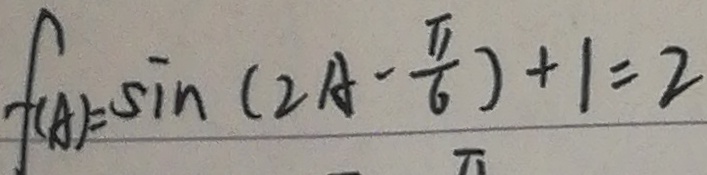
f ( A ) = \sin ( 2 A - \frac { \pi } { 6 } ) + 1 = 2